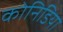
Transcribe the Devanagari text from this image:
कोनिडिया